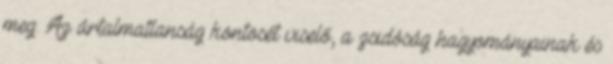
meg. Az ártalmatlanság köntösét viselő, a zsidóság hagyományainak és